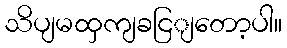
သိပျမထှကျခငြျတော့ပါ။